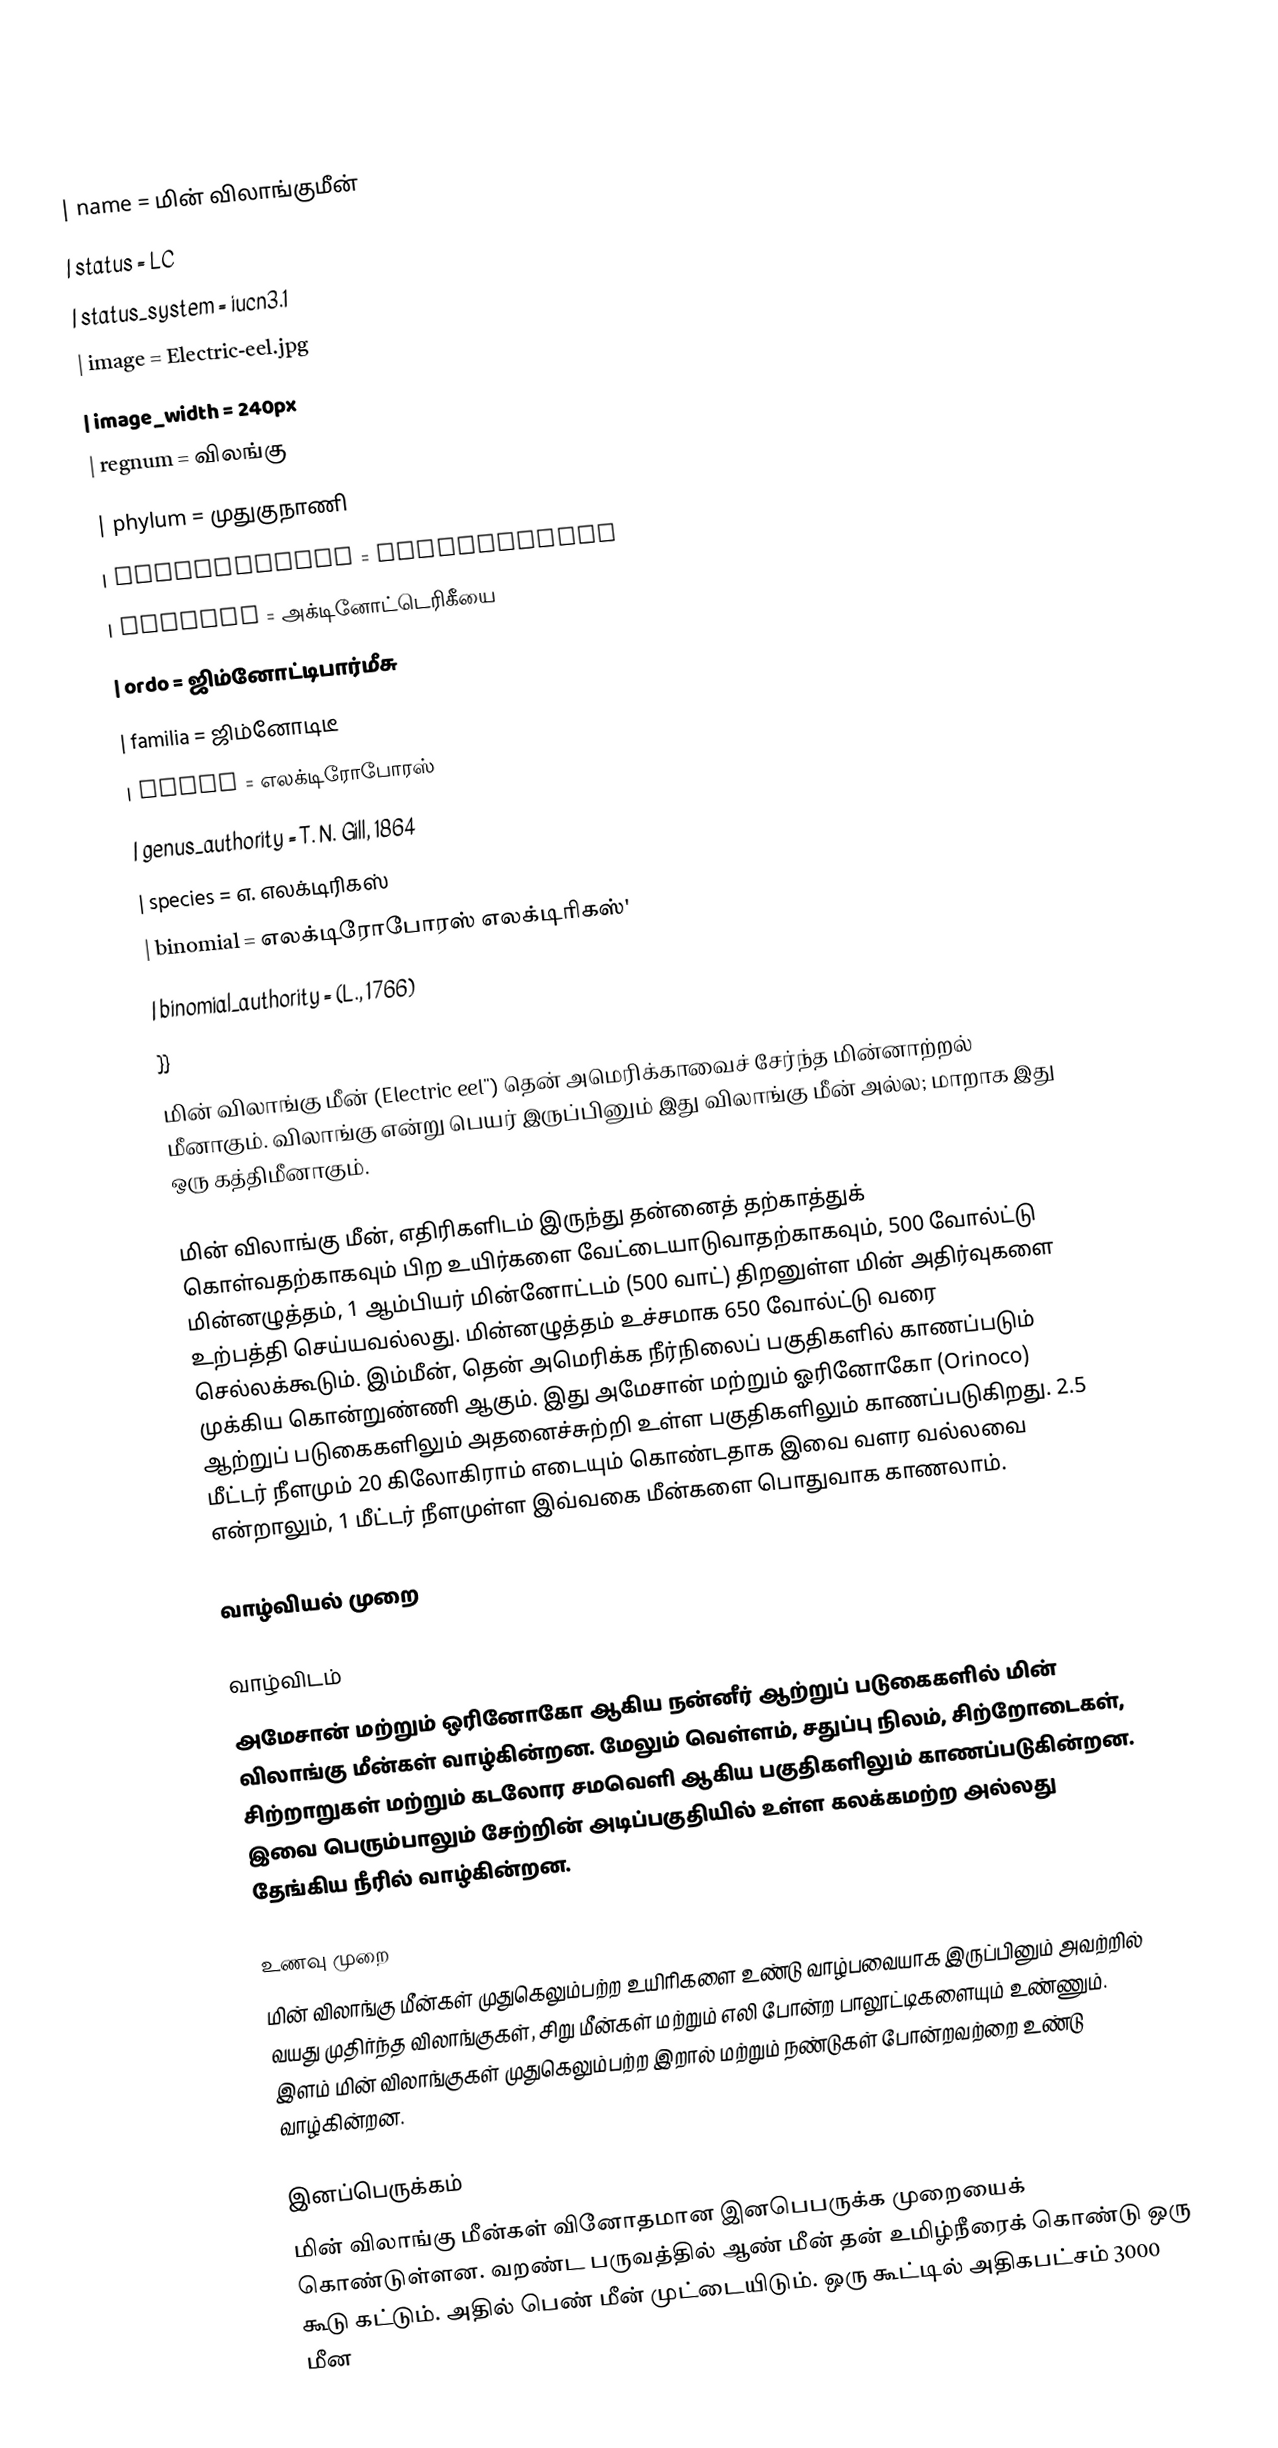
{{Taxobox
| name = மின் விலாங்குமீன்
| status = LC
| status_system = iucn3.1
| image = Electric-eel.jpg
| image_width = 240px
| regnum = விலங்கு
| phylum = முதுகுநாணி
| superclassis = Osteichthyes
| classis = அக்டினோட்டெரிகீயை
| ordo = ஜிம்னோட்டிபார்மீசு
| familia = ஜிம்னோடிடீ
| genus = எலக்டிரோபோரஸ்
| genus_authority = T. N. Gill, 1864
| species = எ. எலக்டிரிகஸ்
| binomial = எலக்டிரோபோரஸ் எலக்டிரிகஸ்'
| binomial_authority = (L., 1766)
}}
மின் விலாங்கு மீன் (Electric eel'') தென் அமெரிக்காவைச் சேர்ந்த மின்னாற்றல் மீனாகும். விலாங்கு என்று பெயர் இருப்பினும் இது விலாங்கு மீன் அல்ல; மாறாக இது ஒரு கத்திமீனாகும்.

மின் விலாங்கு மீன், எதிரிகளிடம் இருந்து தன்னைத் தற்காத்துக் கொள்வதற்காகவும் பிற உயிர்களை வேட்டையாடுவாதற்காகவும், 500 வோல்ட்டு மின்னழுத்தம், 1 ஆம்பியர் மின்னோட்டம் (500 வாட்) திறனுள்ள மின் அதிர்வுகளை உற்பத்தி செய்யவல்லது. மின்னழுத்தம் உச்சமாக 650 வோல்ட்டு வரை செல்லக்கூடும். இம்மீன், தென் அமெரிக்க நீர்நிலைப் பகுதிகளில் காணப்படும் முக்கிய கொன்றுண்ணி ஆகும். இது அமேசான் மற்றும் ஓரினோகோ (Orinoco) ஆற்றுப் படுகைகளிலும் அதனைச்சுற்றி உள்ள பகுதிகளிலும் காணப்படுகிறது. 2.5 மீட்டர் நீளமும் 20 கிலோகிராம் எடையும் கொண்டதாக இவை வளர வல்லவை என்றாலும், 1 மீட்டர் நீளமுள்ள இவ்வகை மீன்களை பொதுவாக காணலாம்.

வாழ்வியல் முறை

வாழ்விடம்
அமேசான் மற்றும் ஒரினோகோ ஆகிய நன்னீர் ஆற்றுப் படுகைகளில் மின் விலாங்கு மீன்கள் வாழ்கின்றன. மேலும் வெள்ளம், சதுப்பு நிலம், சிற்றோடைகள், சிற்றாறுகள் மற்றும் கடலோர சமவெளி ஆகிய பகுதிகளிலும் காணப்படுகின்றன. இவை பெரும்பாலும் சேற்றின் அடிப்பகுதியில் உள்ள கலக்கமற்ற அல்லது தேங்கிய நீரில் வாழ்கின்றன.

உணவு முறை
மின் விலாங்கு மீன்கள் முதுகெலும்பற்ற உயிரிகளை உண்டு வாழ்பவையாக இருப்பினும் அவற்றில் வயது முதிர்ந்த விலாங்குகள், சிறு மீன்கள் மற்றும் எலி போன்ற பாலூட்டிகளையும் உண்ணும். இளம் மின் விலாங்குகள் முதுகெலும்பற்ற இறால் மற்றும் நண்டுகள் போன்றவற்றை உண்டு வாழ்கின்றன.

இனப்பெருக்கம்
மின் விலாங்கு மீன்கள் வினோதமான இனபெபருக்க முறையைக் கொண்டுள்ளன. வறண்ட பருவத்தில் ஆண் மீன் தன் உமிழ்நீரைக் கொண்டு ஒரு கூடு கட்டும். அதில் பெண் மீன் முட்டையிடும். ஒரு கூட்டில் அதிகபட்சம் 3000 மீன